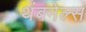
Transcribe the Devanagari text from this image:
थंबनेल्स